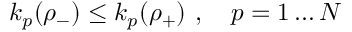
k _ { p } ( \rho _ { - } ) \leq k _ { p } ( \rho _ { + } ) \ , \quad p = 1 \dots N